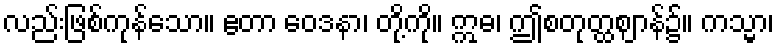
လည်းဖြစ်ကုန်သော။ ဧတာ ဝေဒနာ၊ တို့ကို။ ဣဓ၊ ဤစတုတ္ထဈာန်၌။ ကသ္မာ၊